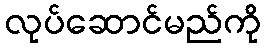
လုပ်ဆောင်မည်ကို